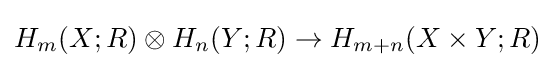
H_{m}(X;R)\otimes H_{n}(Y;R)\to H_{m+n}(X\times Y;R)